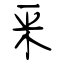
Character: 釆